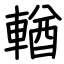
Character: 輶